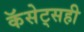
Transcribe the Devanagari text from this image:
कॅसेट्सही